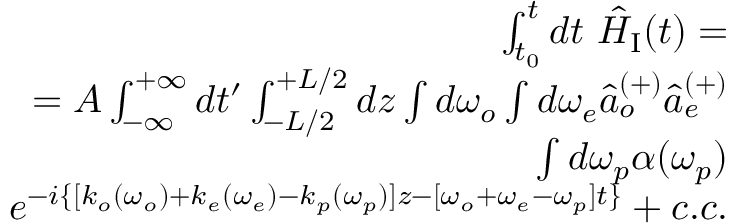
\begin{array} { r } { \int _ { t _ { 0 } } ^ { t } d t ~ \hat { H } _ { \mathrm { I } } ( t ) = } \\ { = A \int _ { - \infty } ^ { + \infty } d t ^ { \prime } \int _ { - L / 2 } ^ { + L / 2 } d z \int d \omega _ { o } \int d \omega _ { e } \hat { a } _ { o } ^ { ( + ) } \hat { a } _ { e } ^ { ( + ) } } \\ { \int d \omega _ { p } \alpha ( \omega _ { p } ) } \\ { e ^ { - i \{ [ k _ { o } ( \omega _ { o } ) + k _ { e } ( \omega _ { e } ) - k _ { p } ( \omega _ { p } ) ] z - [ \omega _ { o } + \omega _ { e } - \omega _ { p } ] t \} } + c . c . } \end{array}